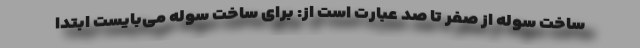
ساخت سوله از صفر تا صد عبارت است از: برای ساخت سوله می‌بایست ابتدا